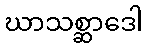
ဃာသစ္ဆာဒေါ